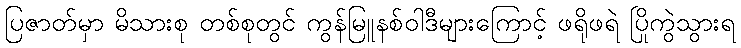
ပြဇာတ်မှာ မိသားစု တစ်စုတွင် ကွန်မြူနစ်ဝါဒီများကြောင့် ဖရိုဖရဲ ပြိုကွဲသွားရ